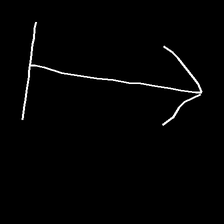
Glyph: levitation